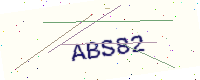
Text: ABS82